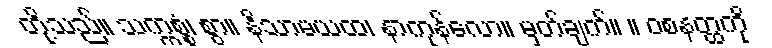
တို့သည်။ သက္ကစ္စံ၊ စွာ။ နိသာမယထ၊ နာကုန်လော။ မှတ်ချက်။ ။ ဝစနတ္ထကို